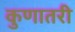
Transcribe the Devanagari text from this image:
कुणातरी